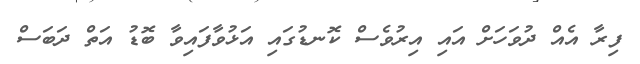
ފިރާ އެއް ދުވަހަށް އައި އިރުވެސް ކޮނޑުގައި އަޅުވާފައިވާ ބޮޑު އަތް ދަބަސް